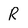
Character: R